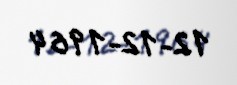
12-12-1964